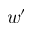
w ^ { \prime }